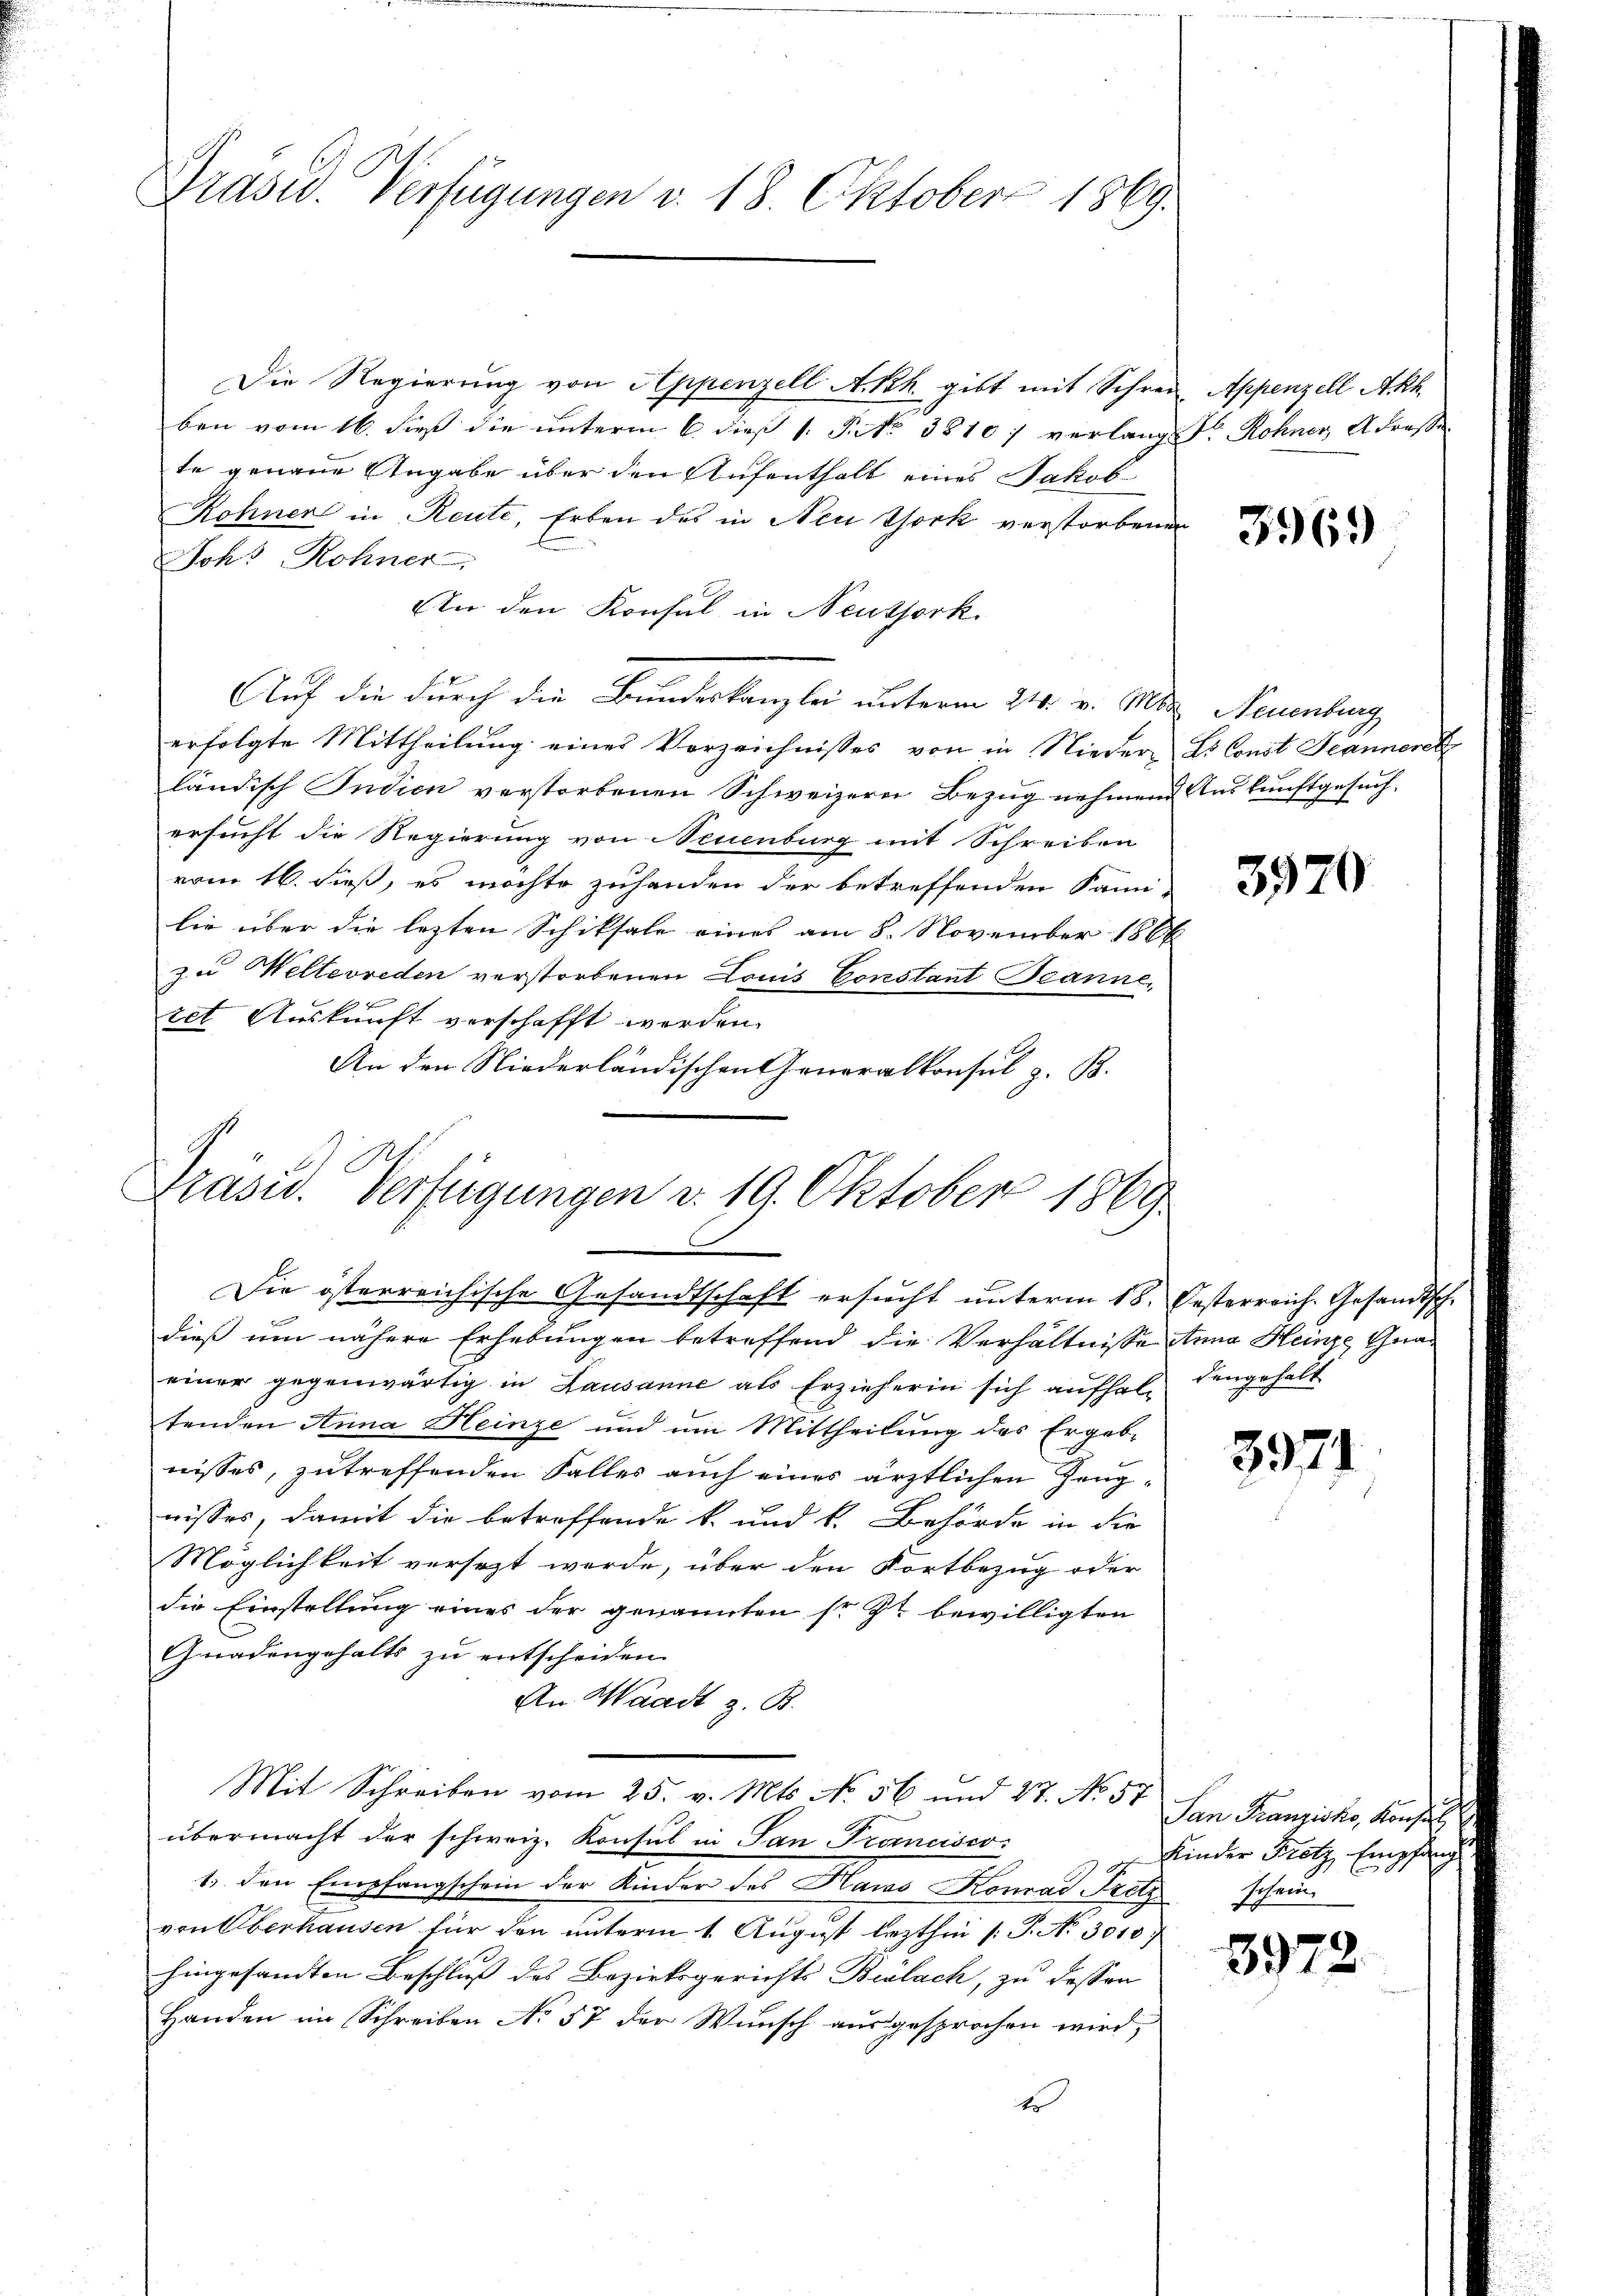
Präsid. Verfügungen v. 18. Oktober 1869.

Die Regierung von Appenzell A.Rh. gibt mit Schrei-
ben vom 16. dieß die unterm 6. dieß 1 S. 38101 verlang Sr Rohner Adresse
te genaue Angabe über den Aufenthalt eines Jakob
Röhnen in Reute, Erben des in Neu thork verstorbenen
Joh: Rohner
An den Konsul in Neuthork
Auf die durch die Bundeskanzlei unterm 24. v. Mts. Neuenburg
erfolgte Mittheilŭng eines Vorzeichnisses von in Nieder L. Const Jeanneret
ländisch Indien verstorbenen Schweizern Bezug nehmend Auskunftgesuch,
ersucht die Regierung von Neuenburg mit Schreiben
vom 16. dieß, es möchte zuhanden der betreffenden Sani-
lie über die lezten Schiksale eines am 8. November 1866
zu Welterreden verstorbenen Louis Constant Peanne,
ret Auskunft verschafft worden.
An den Niederländischen Generalkonsul z. B.

Präsid. Verfügungen d. 19. Oktober 1869
Die österreichische Gesandtschaft ersucht unterm 18. Oesterreich. Gesandtsch.

dieß um nähere Erhebungen betreffend die Verhältnisse Anna Heinze Gnaeiner gegenwärtig in Lausanne als Erzieherin sich aufhalt dengehalt
tenden Anna Heinze und um Mittheilung des Ergeb-
nisses, zutreffenden Falles auch eines ärztlichen Zeugwisses, damit die betreffende k. und k. Behörde in die
Möglichkeit versezt werde, über den Fortbezug oder
die Einstellung eines der genannten sr. Zt. bewilligten
Gnadengehalts zu entscheiden.
An Waadt z. B.
Mit Schreiben vom 25. v. Mts. No. 56 und 27. No. 57 den Franzisko, Konsul
übermacht der schweiz. Konsul in San Francisco
1. den Empfangschein der Kinder des Haras Konrad Fretzschein
von Überhausen für den unterm 1. August lezthin (: P. No 3010
hingesandten Beschluß des Bezirksgerichts Bülach, zu dessen
Handen im Schreiben No 57 der Wunsch ausgesprochen wird,
t

Appenzell Akh

3969

3970

3971

Kinder Klotz, Empfang

3972